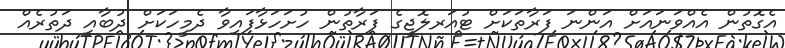
އެގޮތުން އެއްވަނައަށް އަންނަ ފަރާތަކަށް ޓުއަރލޮޖީގެ ފަރާތުން ހުށަހަޅާފައިވާ ދެމީހަކަށް ދުބާއީ ދަތުރެއް